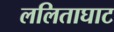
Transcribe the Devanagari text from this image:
ललिताघाट